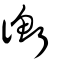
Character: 衡